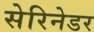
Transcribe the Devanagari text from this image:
सेरिनेडर